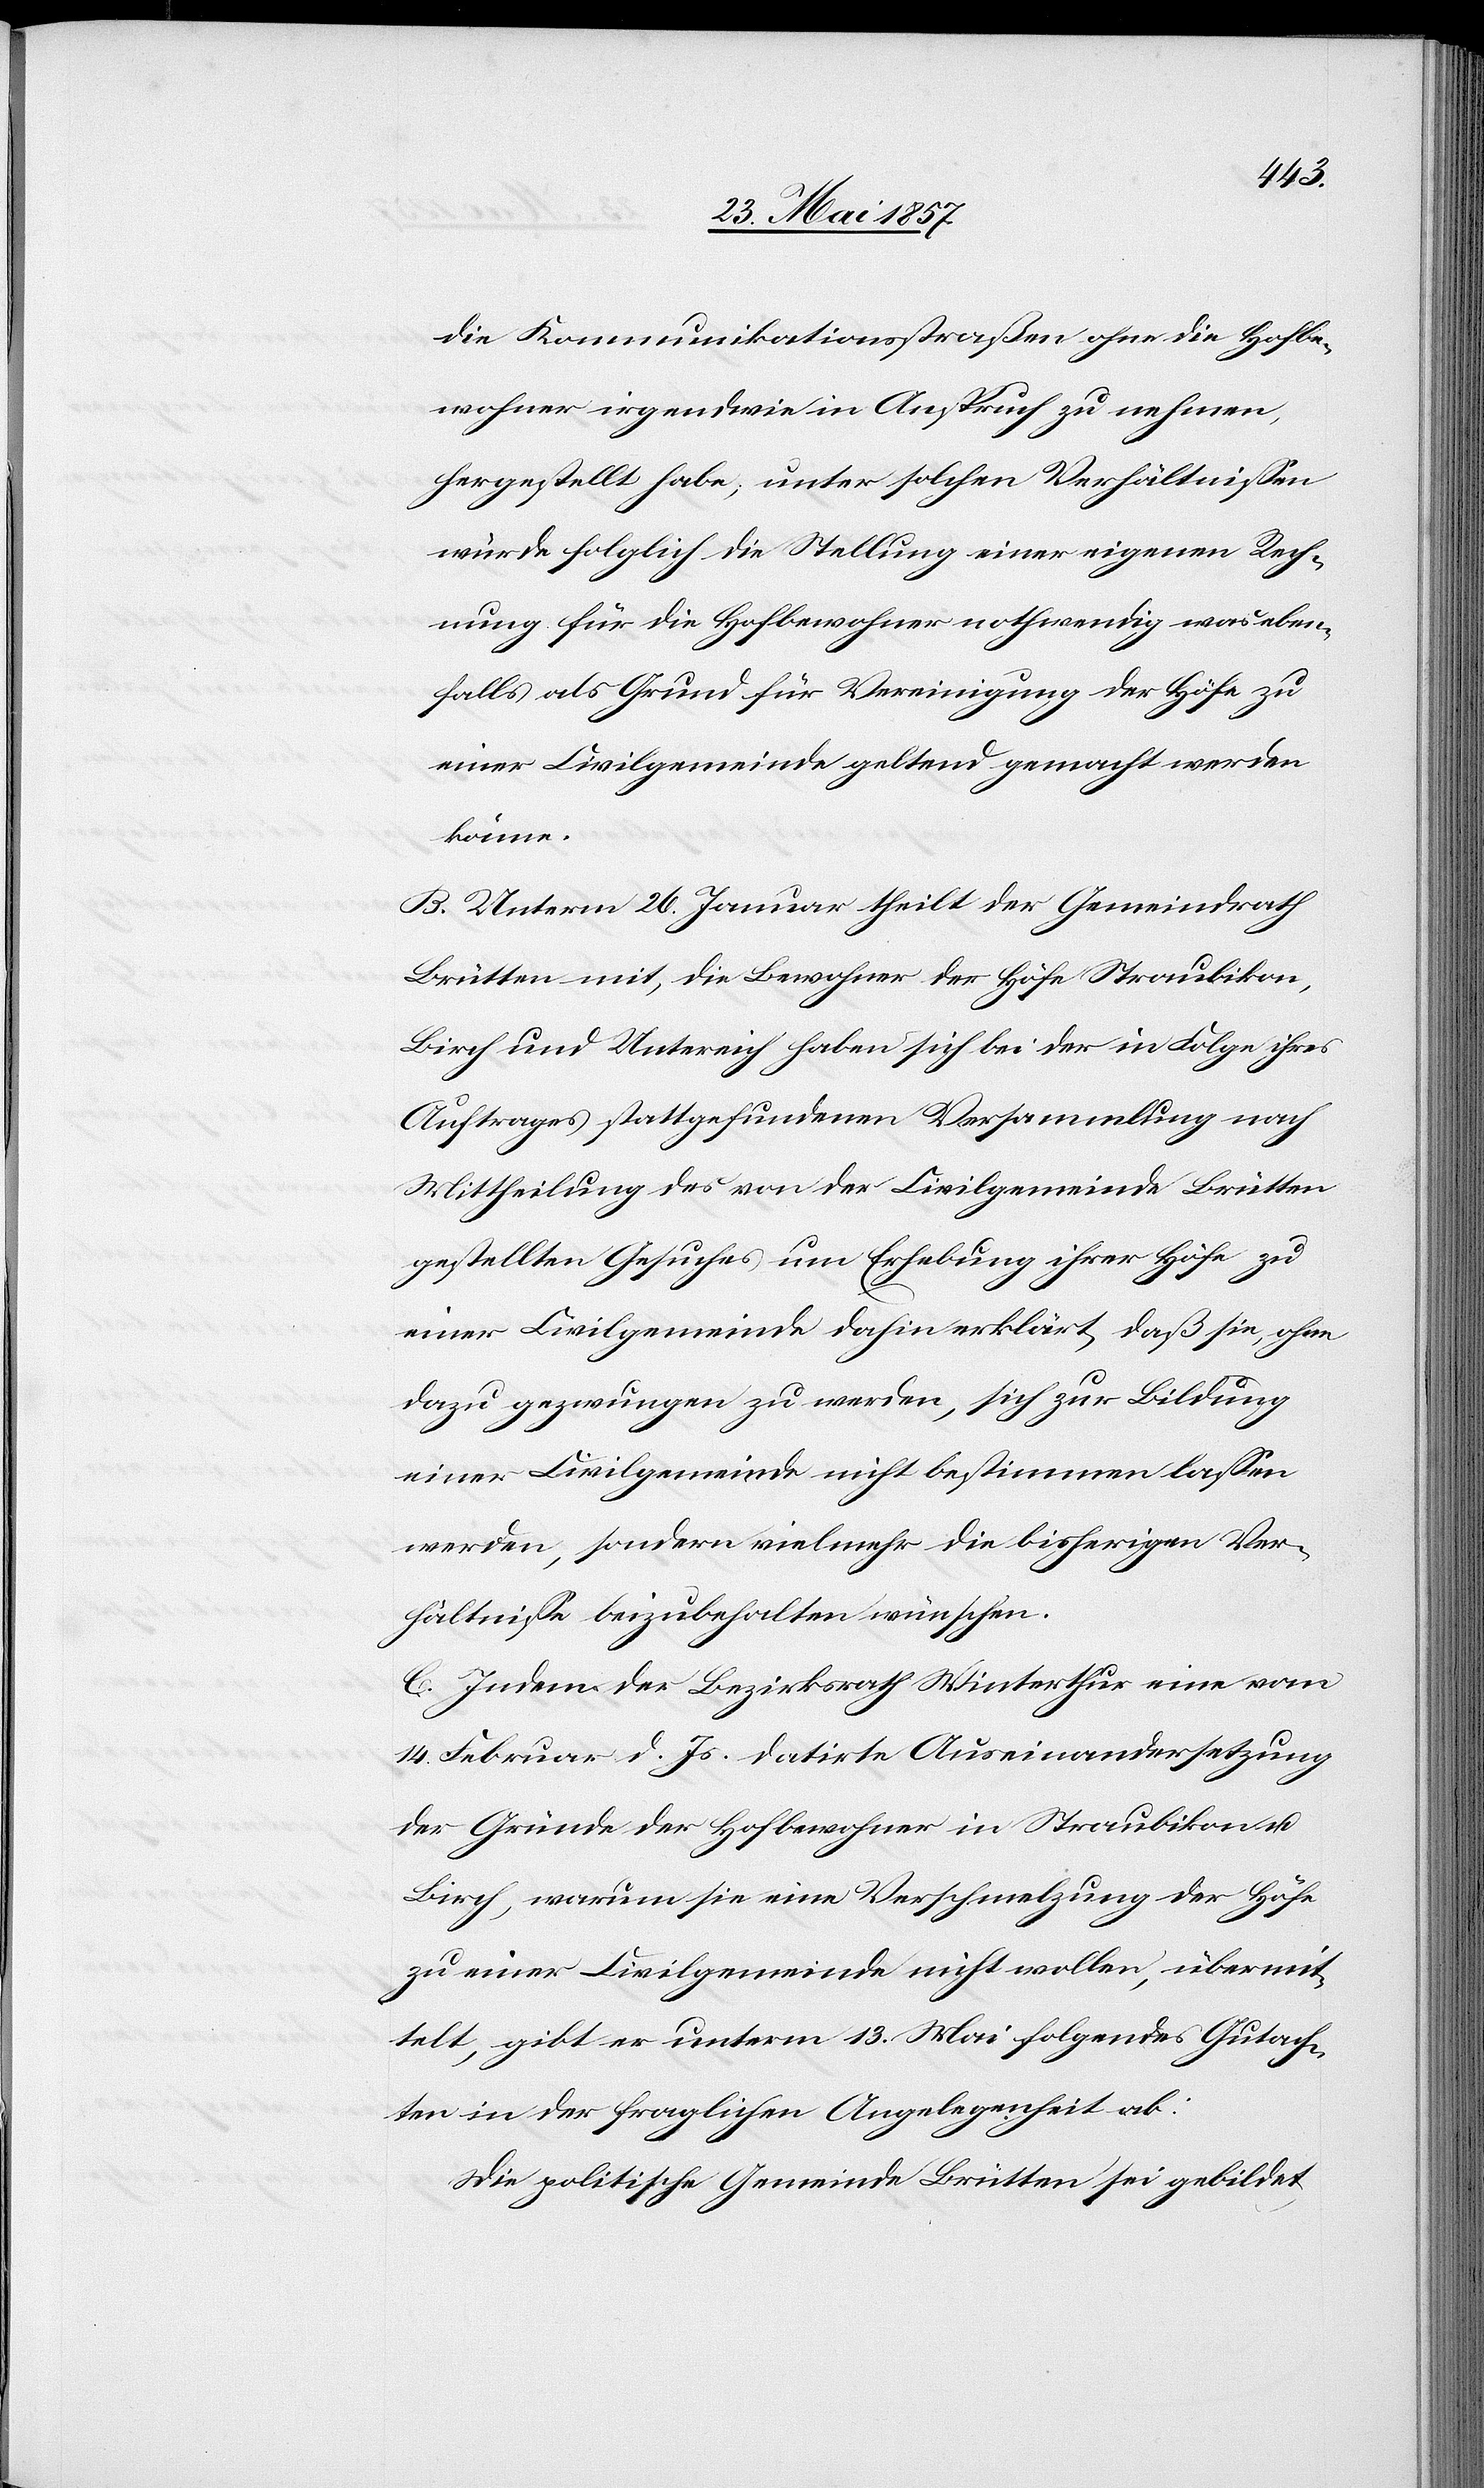
die Kommunikationsstraßen ohne die Hofbe¬
wohner irgendwie in Anspruch zu nehmen,
hergestellt habe, unter solchen Verhältnissen
würde folglich die Stellung einer eigenen Rech¬
nung für die Hofbewohner nothwendig was eben¬
falls als Grund für Vereinigung der Höfe zu
einer Civilgemeinde geltend gemacht werden
könne.
B. Unterm 26 Januar theilt der Gemeindrath
Brütten mit, die Bewohner der Höfe Straubikon,
Birch und Untereich haben sich bei der in Folge ihres
Auftrages stattgefundenen Versammlung nach
Mittheilung des von der Civilgemeinde Brütten
gestellten Gesuches um Erhebung ihrer Höfe zu
einer Civilgemeinde dahin erklärt, daß sie, ohne
dazu gezwungen zu werden, sich zur Bildung
einer Civilgemeinde nicht bestimmen lassen
werden, sondern vielmehr die bisherigen Ver¬
hältnisse beizubehalten wünschen.
C. Indem der Bezirksrath Winterthur eine vom
14 Februar d. Js. datirte Auseinandersetzung
der Gründe der Hofbewohner in Straubikon &
Birch, warum sie eine Verschmelzung der Höfe
zu einer Civilgemeinde nicht wollen, übermit¬
telt, gibt er unterm 13 Mai folgendes Gutach¬
ten in der fraglichen Angelegenheit ab:
Die politische Gemeinde Brütten sei gebildet,